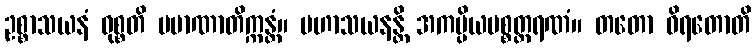
ဥစ္စာသယနံ ဝုစ္စတိ ပမာဏာတိက္ကန္တံ။ မဟာသယနန္တိ အကပ္ပိယပစ္စတ္ထရဏံ။ တတော ဝိရတောတိ